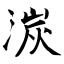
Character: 湠